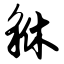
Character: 貅